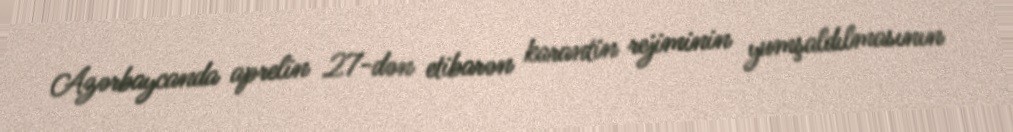
Azərbaycanda aprelin 27-dən etibarən karantin rejiminin yumşaldılmasının